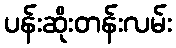
ပန်းဆိုးတန်းလမ်း